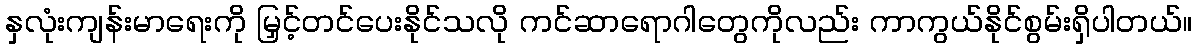
နှလုံးကျန်းမာရေးကို မြှင့်တင်ပေးနိုင်သလို ကင်ဆာရောဂါတွေကိုလည်း ကာကွယ်နိုင်စွမ်းရှိပါတယ်။